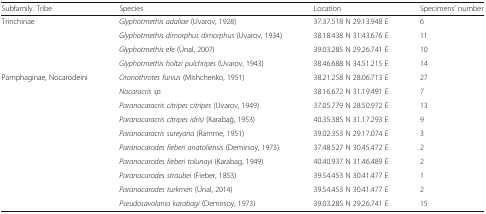
<table><thead><tr><td><b>Subfamily. Tribe</b></td><td><b>Species</b></td><td><b>Location</b></td><td><b>Specimens’ number</b></td></tr></thead><tbody><tr><td rowspan="4">Trinchinae</td><td><i>Glyphotmethis adaliae</i> (Uvarov, 1928)</td><td>37.37.518 N 29.13.948 E</td><td>6</td></tr><tr><td><i>Glyphotmethis dimorphus dimorphus</i> (Uvarov, 1934)</td><td>38.18.438 N 31.43.676 E</td><td>11</td></tr><tr><td><i>Glyphotmethis efe</i> (Ünal, 2007)</td><td>39.03.285 N 29.26.741 E</td><td>10</td></tr><tr><td><i>Glyphotmethis holtzi pulchripes</i> (Uvarov, 1943)</td><td>38.46.688 N 34.51.215 E</td><td>14</td></tr><tr><td rowspan="10">Pamphaginae, Nocarodeini</td><td><i>Oronothrotes furvus</i> (Mishchenko, 1951)</td><td>38.21.258 N 28.06.713 E</td><td>27</td></tr><tr><td><i>Nocaracris sp</i>.</td><td>38.16.672 N 31.19.491 E</td><td>7</td></tr><tr><td><i>Paranocaracris citripes citripes</i> (Uvarov, 1949)</td><td>37.05.779 N 28.50.972 E</td><td>13</td></tr><tr><td><i>Paranocaracris citripes idrisi</i> (Karabağ, 1953)</td><td>40.35.385 N 31.17.293 E</td><td>9</td></tr><tr><td><i>Paranocaracris sureyana</i> (Ramme, 1951)</td><td>39.02.353 N 29.17.074 E</td><td>3</td></tr><tr><td><i>Paranocarodes fieberi anatoliensis</i> (Demirsoy, 1973)</td><td>37.48.527 N 30.45.472 E</td><td>2</td></tr><tr><td><i>Paranocarodes fieberi tolunayi</i> (Karabag, 1949)</td><td>40.40.937 N 31.46.489 E</td><td>2</td></tr><tr><td><i>Paranocarodes straubei</i> (Fieber, 1853)</td><td>39.54.453 N 30.41.477 E</td><td>1</td></tr><tr><td><i>Paranocarodes turkmen</i> (Ünal, 2014)</td><td>39.54.453 N 30.41.477 E</td><td>2</td></tr><tr><td><i>Pseudosavalania karabagi</i> (Demirsoy, 1973)</td><td>39.03.285 N 29.26.741 E</td><td>15</td></tr></tbody></table>